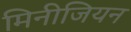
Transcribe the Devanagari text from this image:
मिनीजियन